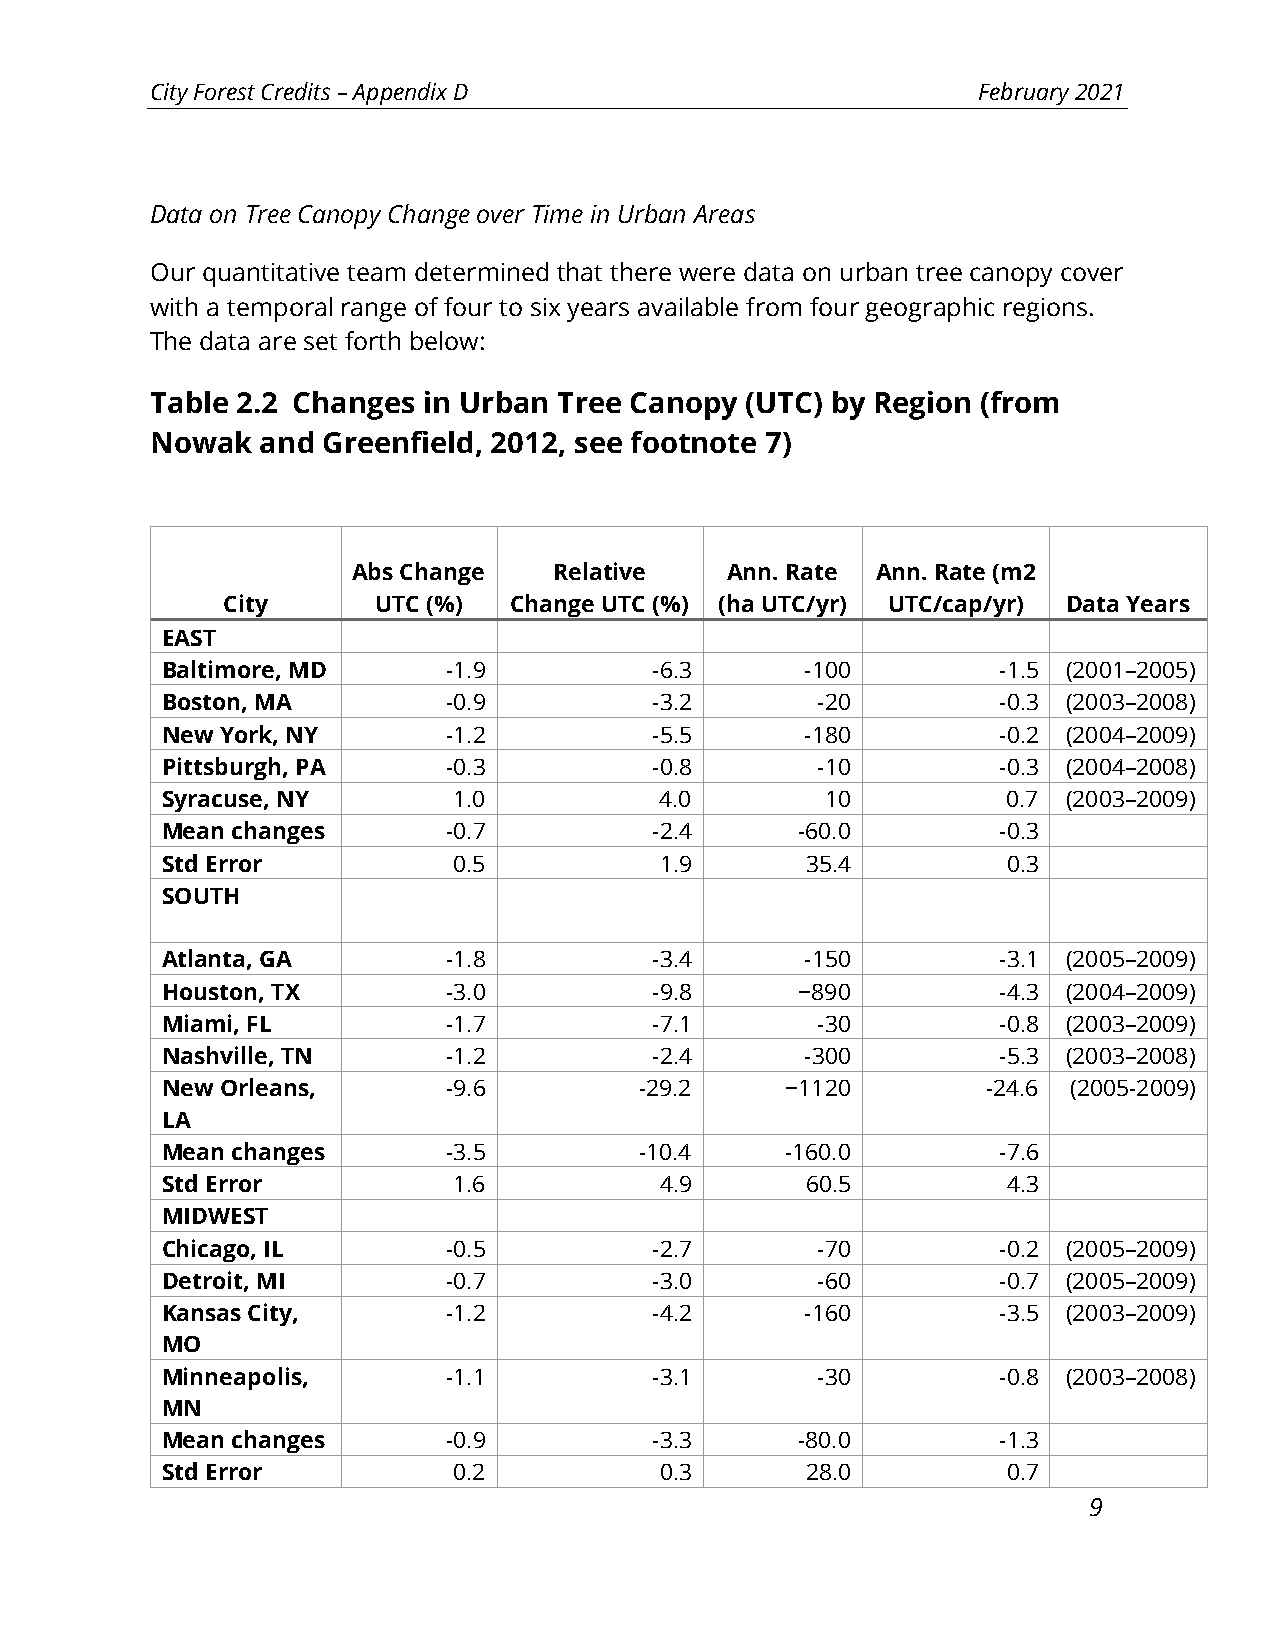
City Forest Credits – Appendix D                       February 2021
 Data on Tree Canopy Change over Time in Urban Areas
 Our quantitative team determined that there were data on urban tree canopy cover
 with a temporal range of four to six years available from four geographic regions.
 The data are set forth below:
 Table 2.2 Changes in Urban Tree Canopy (UTC) by Region (from
 Nowak  and Greenfield, 2012, see footnote 7)
 Abs Change    Relative   Ann. Rate Ann. Rate (m2
 City      UTC (%)  Change UTC (%) (ha UTC/yr) UTC/cap/yr) Data Years
 EAST
 Baltimore, MD      -1.9         -6.3      -100         -1.5 (2001–2005)
 Boston, MA         -0.9         -3.2       -20         -0.3 (2003–2008)
 New York, NY       -1.2         -5.5      -180         -0.2 (2004–2009)
 Pittsburgh, PA     -0.3         -0.8       -10         -0.3 (2004–2008)
 Syracuse, NY       1.0           4.0        10          0.7 (2003–2009)
 Mean changes       -0.7         -2.4      -60.0        -0.3
 Std Error          0.5           1.9      35.4          0.3
 SOUTH
 Atlanta, GA        -1.8         -3.4      -150         -3.1 (2005–2009)
 Houston, TX        -3.0         -9.8      −890         -4.3 (2004–2009)
 Miami, FL          -1.7         -7.1       -30         -0.8 (2003–2009)
 Nashville, TN      -1.2         -2.4      -300         -5.3 (2003–2008)
 New Orleans,       -9.6        -29.2     −1120        -24.6 (2005-2009)
 LA
 Mean changes       -3.5        -10.4     -160.0        -7.6
 Std Error          1.6           4.9      60.5          4.3
 MIDWEST
 Chicago, IL        -0.5         -2.7       -70         -0.2 (2005–2009)
 Detroit, MI        -0.7         -3.0       -60         -0.7 (2005–2009)
 Kansas City,       -1.2         -4.2      -160         -3.5 (2003–2009)
 MO
 Minneapolis,       -1.1         -3.1       -30         -0.8 (2003–2008)
 MN
 Mean changes       -0.9         -3.3      -80.0        -1.3
 Std Error          0.2           0.3      28.0          0.7
 9